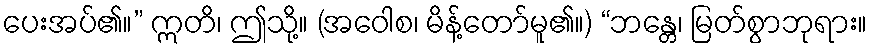
ပေးအပ်၏။” ဣတိ၊ ဤသို့။ (အဝေါစ၊ မိန့်တော်မူ၏။) “ဘန္တေ၊ မြတ်စွာဘုရား။